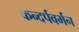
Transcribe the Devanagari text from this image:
कन्दर्पवर्मन